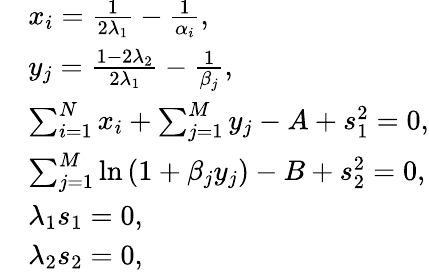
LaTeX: \begin{array}{rl}&{x_{i}=\frac{1}{2\lambda_{1}}-\frac{1}{\alpha_{i}},}\\ &{y_{j}=\frac{1-2\lambda_{2}}{2\lambda_{1}}-\frac{1}{\beta_{j}},}\\ &{\sum_{i=1}^{N}x_{i}+\sum_{j=1}^{M}y_{j}-A+s_{1}^{2}=0,}\\ &{\sum_{j=1}^{M}\ln\left(1+\beta_{j}y_{j}\right)-B+s_{2}^{2}=0,}\\ &{\lambda_{1}s_{1}=0,}\\ &{\lambda_{2}s_{2}=0,}\end{array}